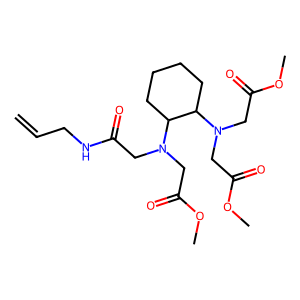
SMILES: C=CCNC(=O)CN(CC(=O)OC)C1CCCCC1N(CC(=O)OC)CC(=O)OC
Inhibits HIV replication: No